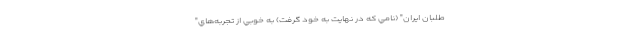
طلبان ايران" (نامي كه در نهايت به خود گرفت) به خوبي از تجربه‌هاي"